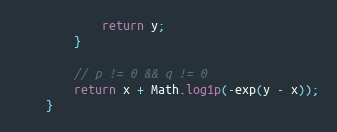
Language: Java
            return y;
        }

        // p != 0 && q != 0
        return x + Math.log1p(-exp(y - x));
    }